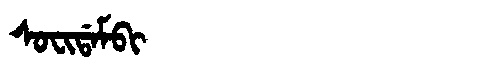
Manchu: ᠰᠣᠸᡳᡩᠠᠮᠪᡳ
Romanization: SOFIDAMBI